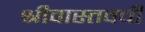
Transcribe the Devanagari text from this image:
श्रीवास्तवची